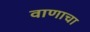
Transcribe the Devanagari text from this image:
वाणाचा